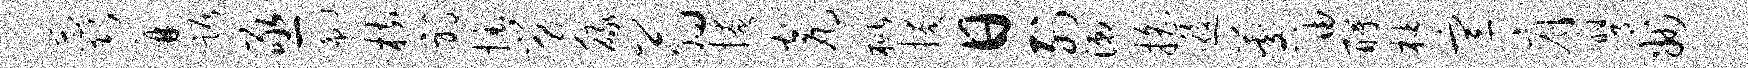
蕊迸踞亟翩枋邪掘舅碌翁掩瓮枇掩日列漱摇逅晷迪酹柚宣肩膺州